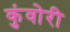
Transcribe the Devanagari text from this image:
कुंवोरी